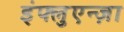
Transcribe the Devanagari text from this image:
इंफ्लुएन्ज़ा